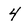
Character: 4